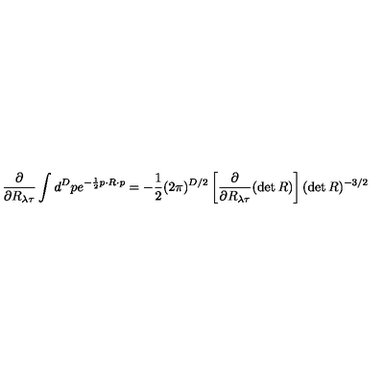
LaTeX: \frac { \partial } { \partial R _ { { \lambda } { \tau } } } \int d ^ { D } p e ^ { - \frac { 1 } { 2 } p \cdot R \cdot p } = - \frac { 1 } { 2 } ( 2 \pi ) ^ { D / 2 } \left[ \frac { \partial } { \partial R _ { { \lambda } { \tau } } } ( \det R ) \right] ( \det R ) ^ { - 3 / 2 }